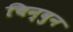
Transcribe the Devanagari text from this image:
चिन्बुन